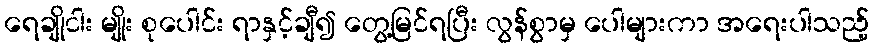
ရေချိုငါး မျိုး စုပေါင်း ရာနှင့်ချီ၍ တွေ့မြင်ရပြီး လွန်စွာမှ ပေါများကာ အရေးပါသည့်